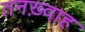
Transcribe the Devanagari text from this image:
तनख़्वाह